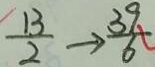
\frac { 1 3 } { 2 } \rightarrow \frac { 3 9 } { 6 }